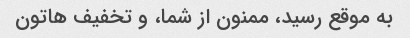
به موقع رسید، ممنون از شما، و تخفیف هاتون